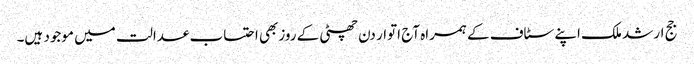
جج ارشد ملک اپنے سٹاف کے ہمراہ آج اتوار دن چھٹی کے روزبھی احتساب عدالت میں موجود ہیں۔